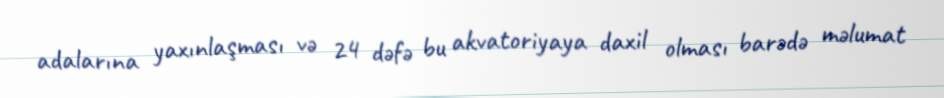
adalarına yaxınlaşması və 24 dəfə bu akvatoriyaya daxil olması barədə məlumat